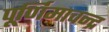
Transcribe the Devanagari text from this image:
पूर्णिमाचन्द्र